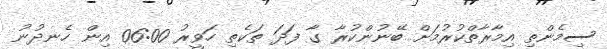
ސިމެންތި އިމާރާތްކުރުމަށް ބޭނުންކުރާ ގާ ފަދަ ތަކެތި ހަވީރު 06:00 އިން ހެނދުނު